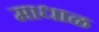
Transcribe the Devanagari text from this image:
माधाळ